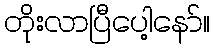
တိုးလာပြီပေါ့နော်။